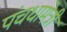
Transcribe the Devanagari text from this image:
पंचधामेत्री